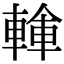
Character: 𨍓